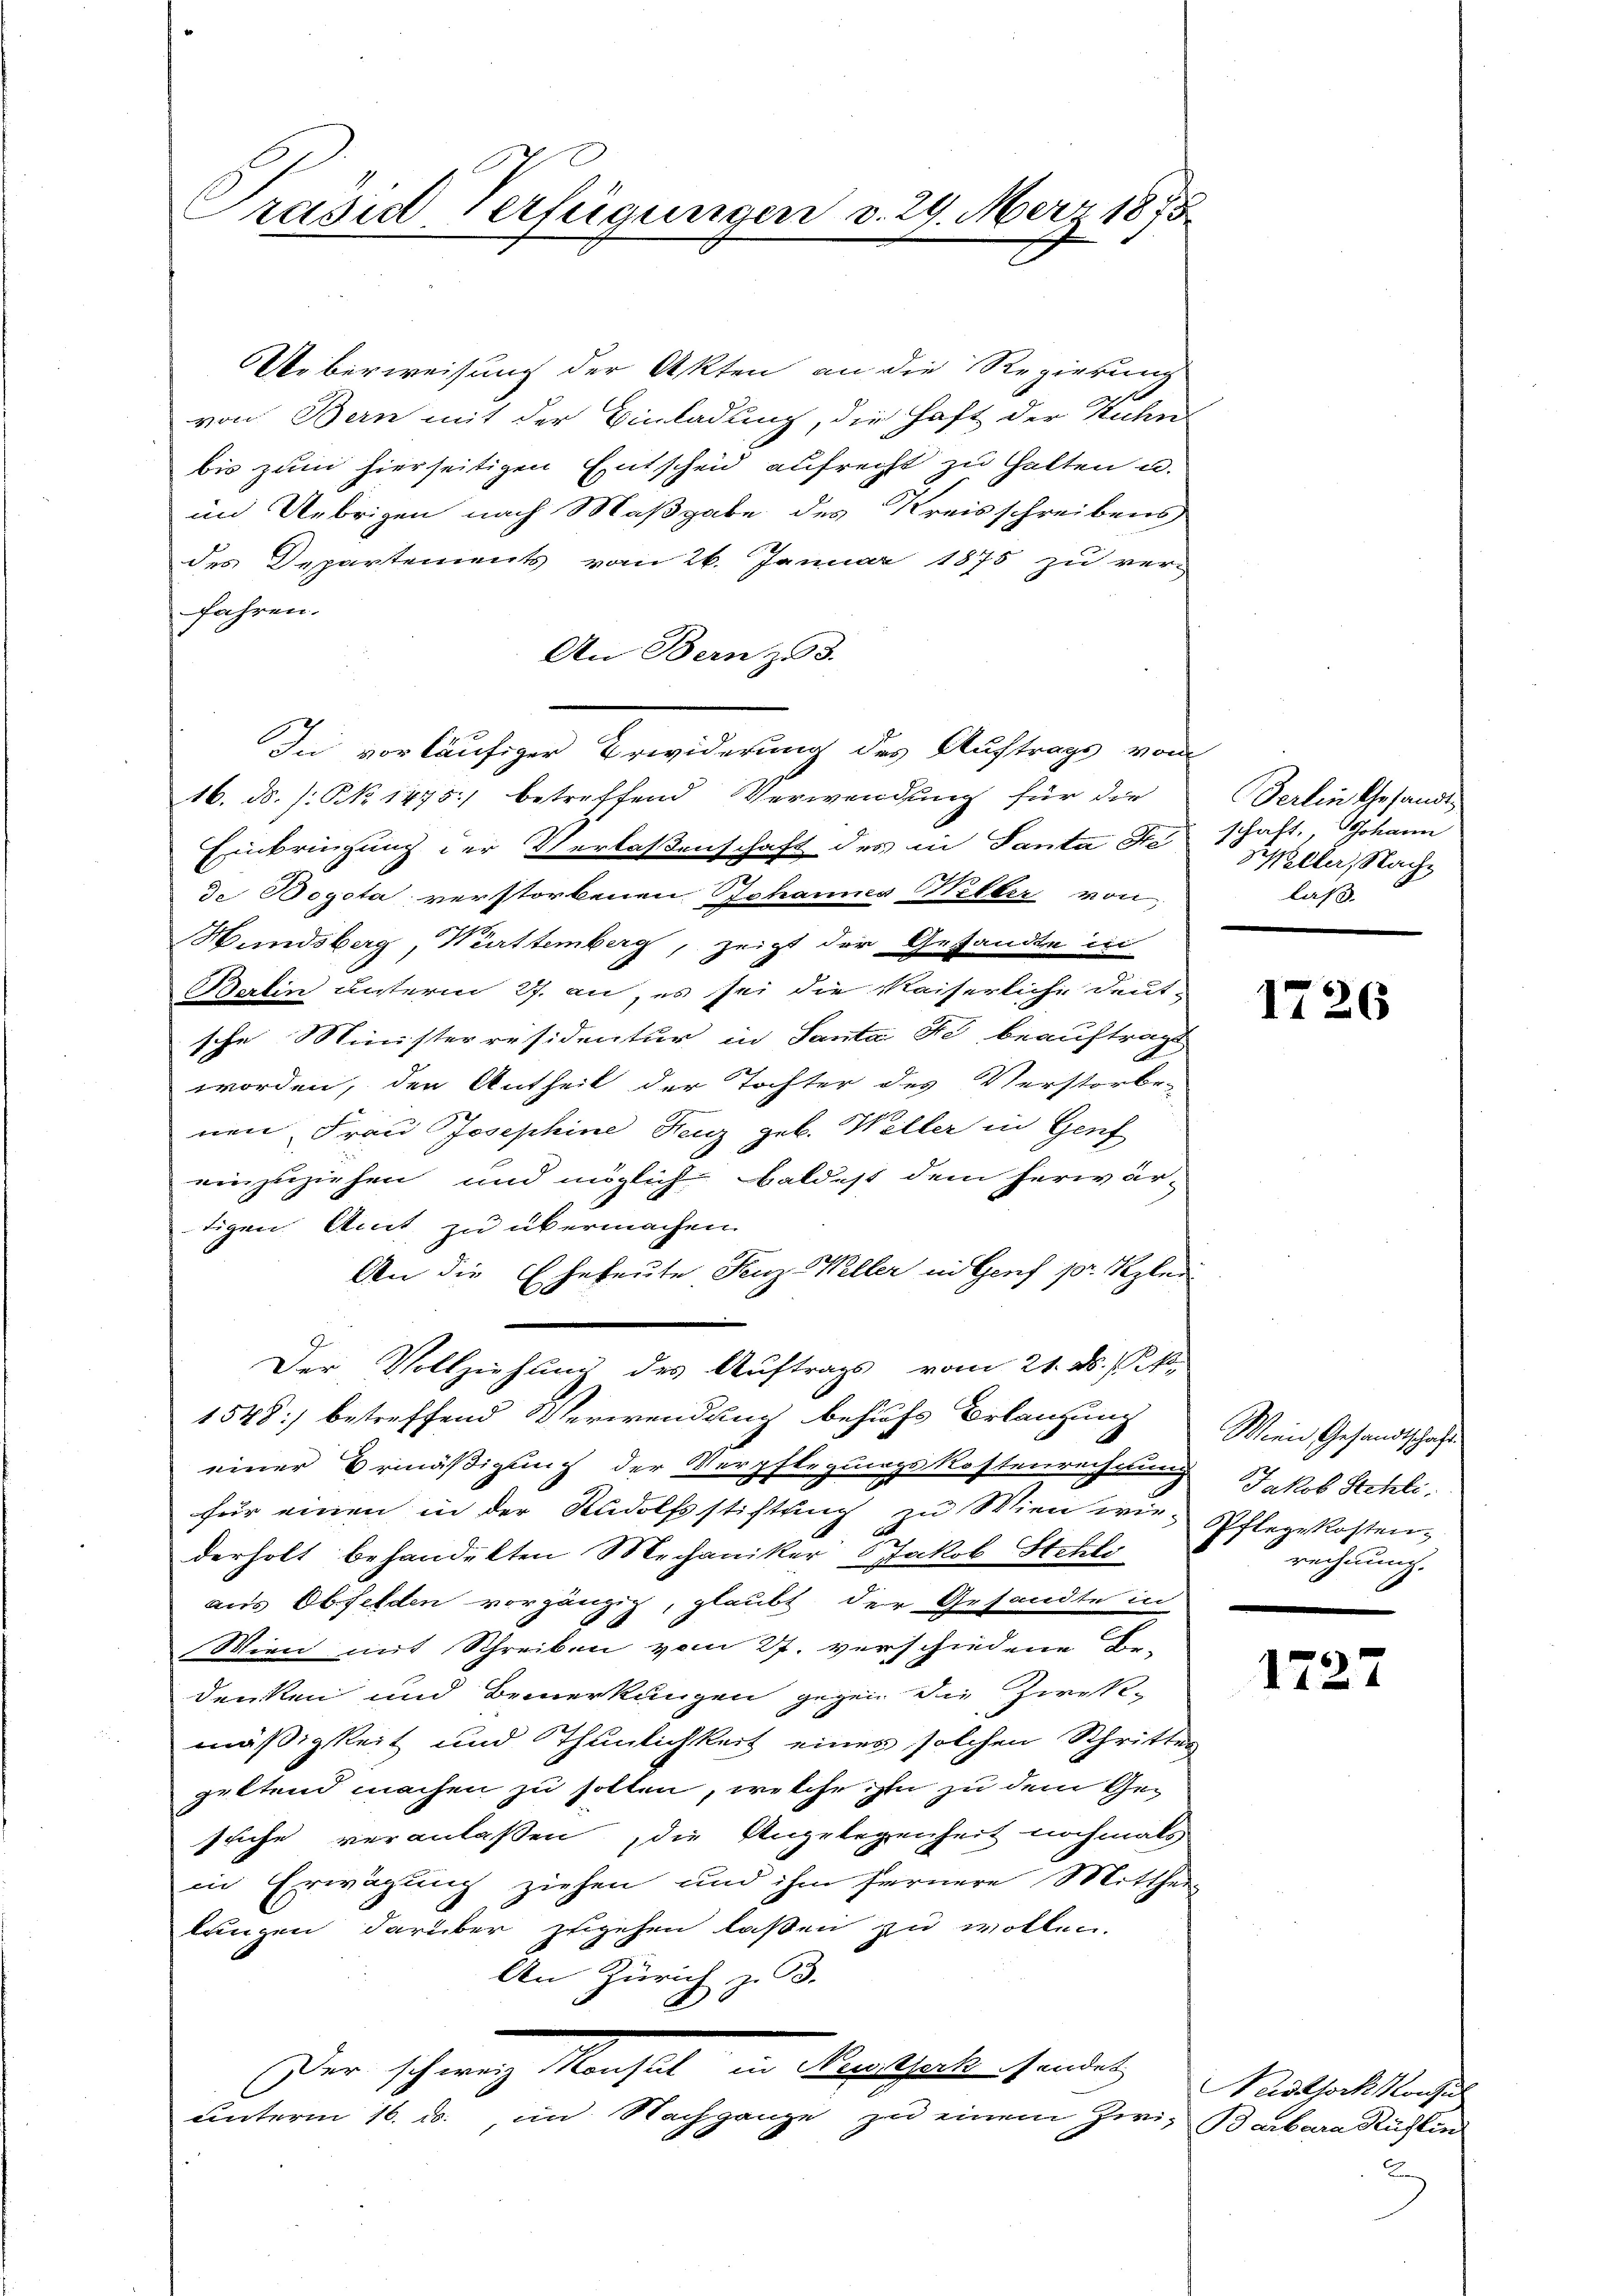
Präsid-Verfügungen

29. März 1875.

Ueberweisung der Akten an die Regierung
von Bern mit der Einladung, die Haft der Kuhn
bis zum hierseitigen Entscheid aufrecht zu halten u.
im Uebrigen nach Maßgabe des Kreisschreibens
des Departements vom 26. Januar 1875 zu ver-
fahren.
An Bern z 3.
In vorläufiger Erwiderung des Auftrags vom
16. ds. /: No 1475) betreffend Verwendung für die
Einbringung der Verlaßenschaft des in Santa a schaft, Johann
de Bogota verstorbenen Johannes Willer von
Wandsberg, Württemberg, zeigt der Gesandte in
Berlin unterm 27. an, es sei die kaiserliche deut-
sche Ministerresidentur in Santa de beauftragt
worden, der Antheil der Tochter des Verstorbe-

nen Frau Josephine Fug geb. Weller in Genf
einzuziehen und möglich baldest dem herwär-
tigen Amt zu übermachen.
An die Eheleute Fenz-Weller in Genf pr. Klei
Der Vollziehung des Auftrags vom 21. d.
1548) betreffend Verwendung behufs Erlangung Wien Gesandtschafte
einer Vermäßigung der Verpflegungskostenrechnung
für einen in der Rudolfsstiftung zu Wien wir Pflegekosten-
derholt behandelten Mechaniker 8 Jakob Stehli
aus Obfelden vorgängig, glaubt der Gesandte in
Wien mit Schreiben vom 27. verschiedene Be-
denken und Bemerkungen gegen die Zweck-
mäßigkeit und Thunlichkeit eines solchen Schritter
geltend machen zu sollen, welche ihm zu dem Gesuche veranlaßen, die Angelegenheit nochmals
in Erwägung ziehen und ihm fernere Mitthei-
langen darüber zugehen laßen zu wollen.
An Zürich z. B.
Der schweiz. Manchel in Regelspielen senden
unterm 16. ds., im Nachgange zu einem Zwi- Barbara Rühlin

Serlin Gesandt
Willer, Nach
laß.

1726

Jakob Schli
rechnung.

172

Nadthoch konsul
A